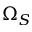
\Omega _ { S }